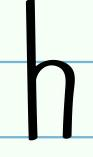
h